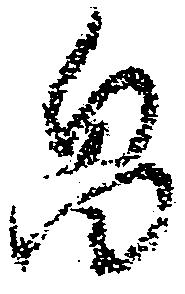
畠